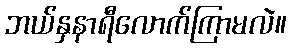
ဘယ်နှနာရီလောက်ကြာမလဲ။